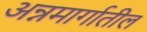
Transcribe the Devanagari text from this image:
अन्नमार्गातील